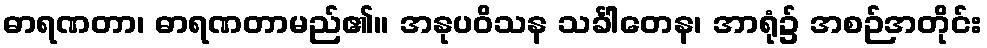
ဓာရဏတာ၊ ဓာရဏတာမည်၏။ အနုပဝိသန သင်္ခါတေန၊ အာရုံ၌ အစဉ်အတိုင်း